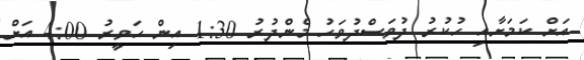
އަށް ކަމަށާއި ހުކުރު ދުވަސްދުވަހު މެންދުރު 1:30 އިން ހަވީރު 4:00 އަށް